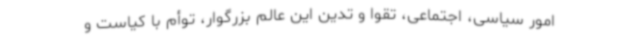
امور سیاسی، اجتماعی، تقوا و تدین این عالم بزرگوار، توأم با کیاست و